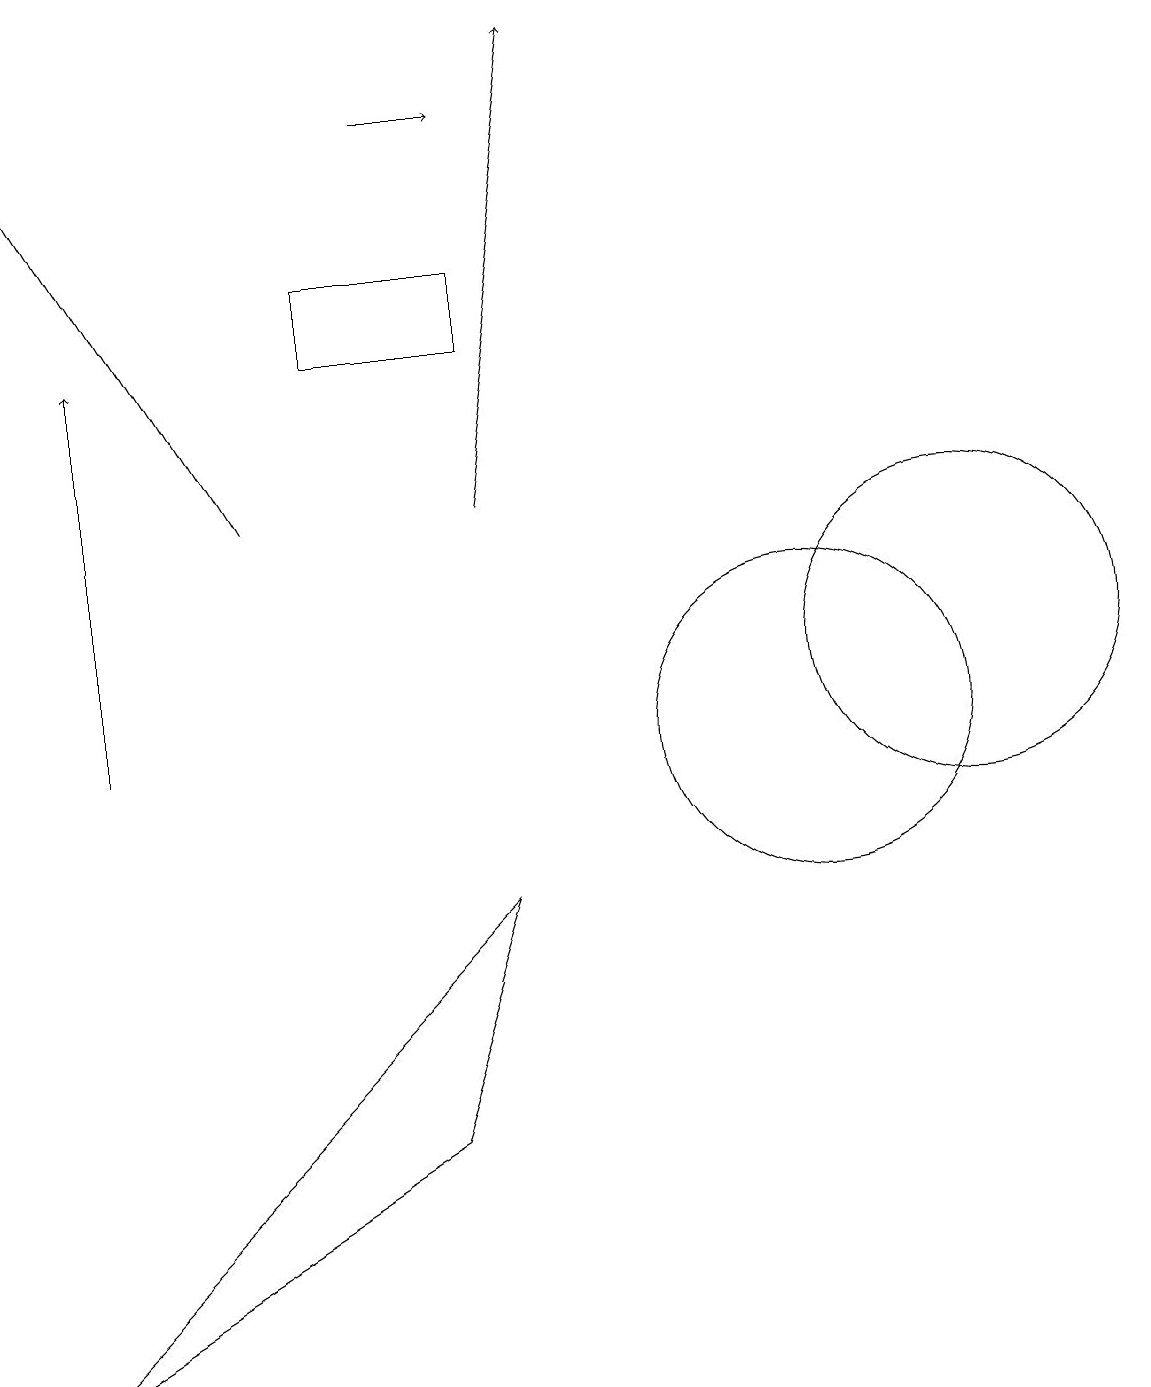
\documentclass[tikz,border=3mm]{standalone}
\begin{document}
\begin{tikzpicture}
\draw (0,2) -- (5,5) -- (6,8) -- cycle;
\draw (10,10) circle (2);
\draw[->] (1,10) -- (1,15);
\draw (12,11) circle (2);
\draw[->] (5,18) -- (6,18);
\draw[->] (3,13) -- (0,18);
\draw (6,16) rectangle (4,15);
\draw[->] (6,13) -- (7,19);
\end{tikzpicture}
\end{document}